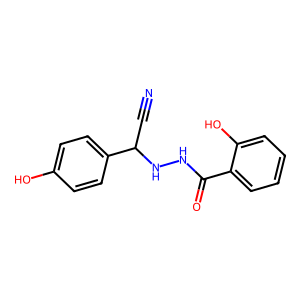
SMILES: N#CC(NNC(=O)c1ccccc1O)c1ccc(O)cc1
Inhibits HIV replication: No